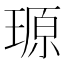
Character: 𪼆